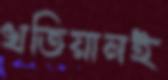
খতিয়ানই